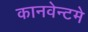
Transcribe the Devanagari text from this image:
कानवेन्टमे